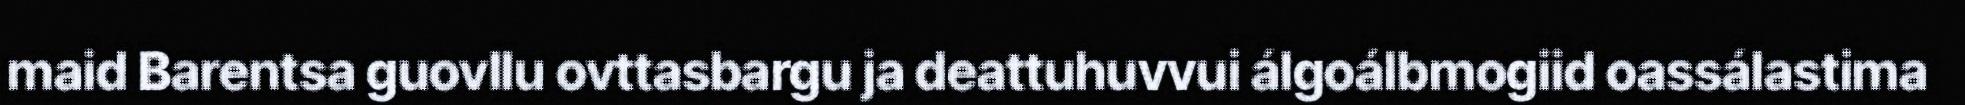
maid Barentsa guovllu ovttasbargu ja deattuhuvvui álgoálbmogiid oassálastima